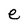
Character: e